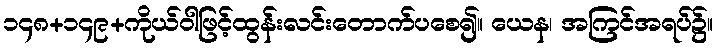
၁၄၈+၁၄၉+ကိုယ်ဝါဖြင့်ထွန်းလင်းတောက်ပစေ၍။ ယေန၊ အကြင်အရပ်၌။